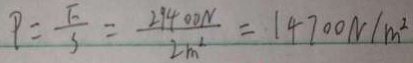
P = \frac { F } { S } = \frac { 2 9 4 0 0 N } { 2 m ^ { 2 } } = 1 4 7 0 0 N / m ^ { 2 }